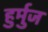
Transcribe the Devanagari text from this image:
हुर्मुज